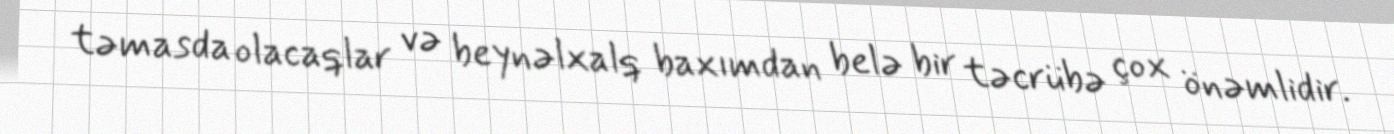
təmasda olacaqlar və beynəlxalq baxımdan belə bir təcrübə çox önəmlidir.